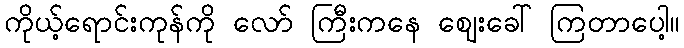
ကိုယ့်ရောင်းကုန်ကို လော် ကြီးကနေ ဈေးခေါ် ကြတာပေါ့။